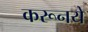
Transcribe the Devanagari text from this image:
करूनये